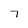
Character: 7